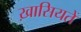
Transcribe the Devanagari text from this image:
ख़ासियतें